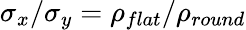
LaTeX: \sigma_{x}/\sigma_{y}=\rho_{flat}/\rho_{round}